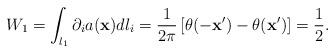
LaTeX: \begin{align*}W_{1}=\int_{l_{1}}\partial_{i}a({\bf x}) dl_{i}=\frac{1}{2\pi}\left[\theta(-{\bf x}')-\theta({\bf x}')\right]=\frac{1}{2}.\end{align*}